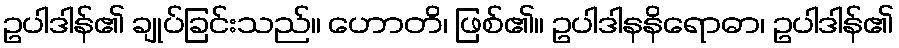
ဥပါဒါန်၏ ချုပ်ခြင်းသည်။ ဟောတိ၊ ဖြစ်၏။ ဥပါဒါနနိရောဓာ၊ ဥပါဒါန်၏